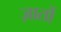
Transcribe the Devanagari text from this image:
ज़ातों